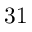
3 1